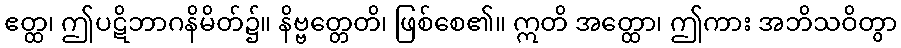
ဧတ္ထ၊ ဤပဋိဘာဂနိမိတ်၌။ နိဗ္ဗတ္တေတိ၊ ဖြစ်စေ၏။ ဣတိ အတ္ထော၊ ဤကား အဘိသဝိတွာ